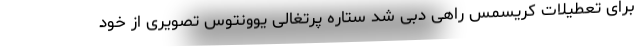
برای تعطیلات کریسمس راهی دبی شد ستاره پرتغالی یوونتوس تصویری از خود